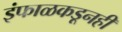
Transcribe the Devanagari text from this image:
इंफाळकडूनही